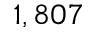
1 , 8 0 7